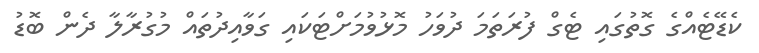
ކެޑޭޓެއްގެ ގޮތުގައި ޓެގް ފުރަތަމަ ދުވަހު މޮޅުވުމަށްޓަކައި ގަވާއިދުތައް މުގުރާލާ ދެން ބޮޑު